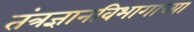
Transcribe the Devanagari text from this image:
तंत्रज्ञानविभागाच्या